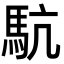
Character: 䭺